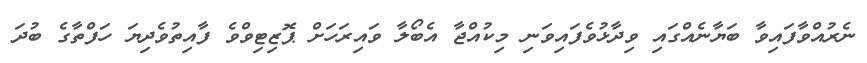
ނެރުއްވާފައިވާ ބަޔާނެއްގައި ވިދާޅުވެފައިވަނި މިކުއްޖާ އެބޯލާ ވައިރަހަށް ޕޮޒިޓިވްވެ ފާއިތުވެދިޔަ ހަފްތާގެ ބުދަ